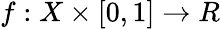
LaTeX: f:X\times\lbrack 0,1]\rightarrow R